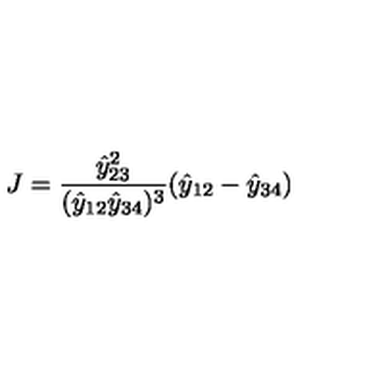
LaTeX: J = \frac { \hat { y } _ { 2 3 } ^ { 2 } } { ( \hat { y } _ { 1 2 } \hat { y } _ { 3 4 } ) ^ { 3 } } ( \hat { y } _ { 1 2 } - \hat { y } _ { 3 4 } )